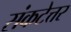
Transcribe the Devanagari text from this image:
संकटेत्तर